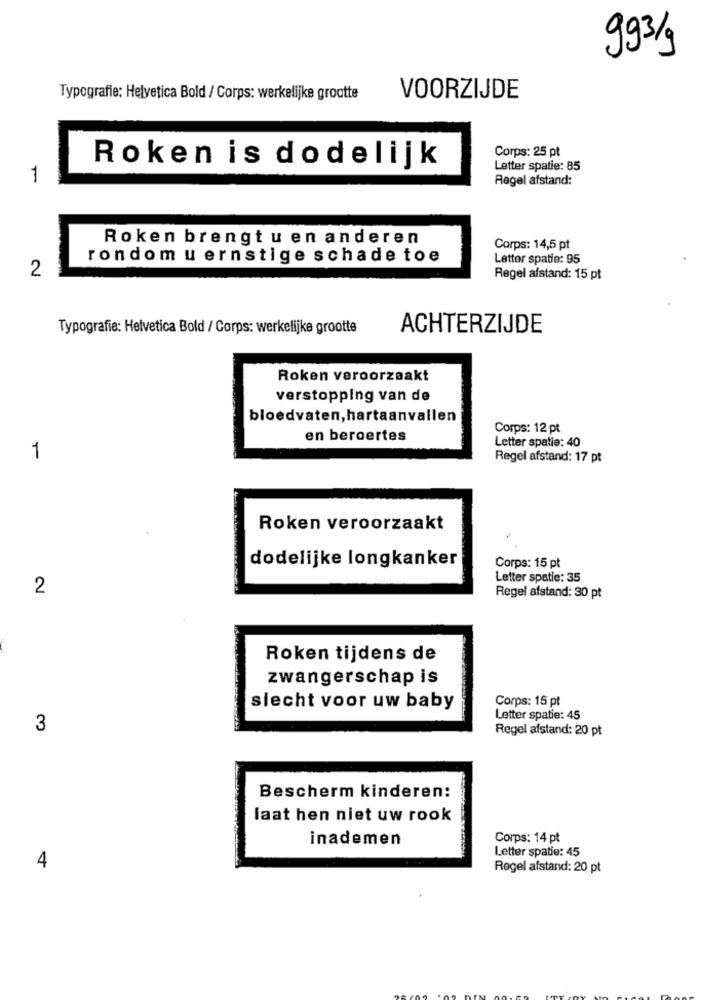
993/g
Typografie: Helyetica Bold / Corps: werkelijke grootte
VOORZIJDE
Corps: 25 pt
Roken is dodelijk
Letter spatie: 85
1
Regel afstand:
Roken brengt u en anderen
Corps: 14,5 pt
rondom u ernstige schade toe
Letter spatie: 95
2
Regel afstand: 15 pt
Typografie: Helvetica Bold / Corps: werkelijke grootte
ACHTERZIJDE
Roken veroorzaakt
verstopping van de
bloedvaten, hartaanvallen
Corps: 12 pt
en beroertes
Letter spatie: 40
1
Regel afstand: 17 pt
Roken veroorzaakt
dodelijke longkanker
Corps: 15 pt
Letter spatie: 35
2
Regel afstand: 30 pt
Roken tijdens de
zwangerschap is
Corps: 15 pt
slecht voor uw baby
Letter spatie: 45
3
Regel afstand: 20 pt
Bescherm kinderen:
laat hen niet uw rook
inademen
Corps: 14 pt
Letter spatie: 45
4
Regel afstand: 20 pt